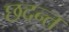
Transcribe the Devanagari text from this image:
छदन्त